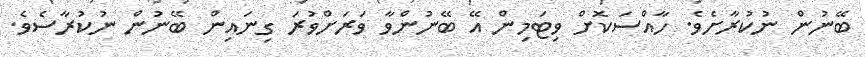
ބޭނުން ނުކުރާށެވެ. ހާއްސަކޮށް ވިޓަމިން އޭ ބޭނުންވާ ވަރަށްވުރަ ގިނައިން ބޭނުން ނުކުރާސެވެ.